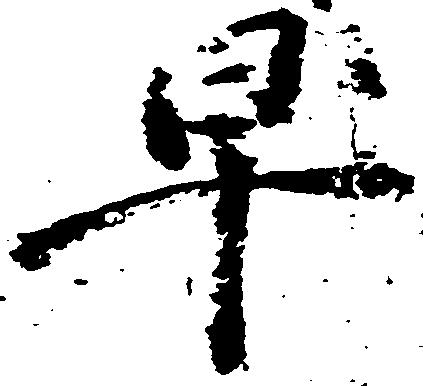
早